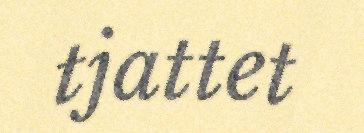
tjattet